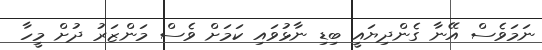
ނަމަވެސް އޭނާ ގެންދިޔައީ ބިޑި ނާޅުވައި ކަމަށް ވެސް މަންޒަރު ދުށް މީހާ